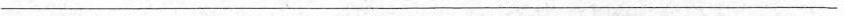
___